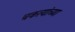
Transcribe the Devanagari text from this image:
चकत्यांच्या